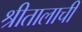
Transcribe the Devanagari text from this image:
श्रीतालाची